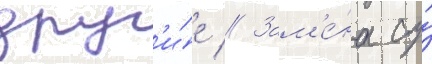
друг'и́е // Зам'е́на су́